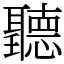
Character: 聽